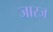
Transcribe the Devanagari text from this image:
जारज